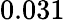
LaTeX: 0.031